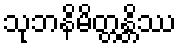
သုဘနိမိတ္တန္တိဿ